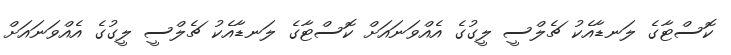
ކޮސްޓާގެ ލަނޑާއެކު ޗެލްސީ ލީގުގެ އެއްވަނައަށް ކޮސްޓާގެ ލަނޑާއެކު ޗެލްސީ ލީގުގެ އެއްވަނައަށް